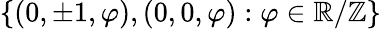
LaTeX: \{ (0,\pm 1,\varphi),(0,0,\varphi):\varphi\in\mathbb{R}/\mathbb{Z}\}